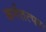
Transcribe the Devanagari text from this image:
कर्मतत्परः